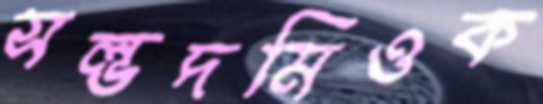
সল্ভদমিওক